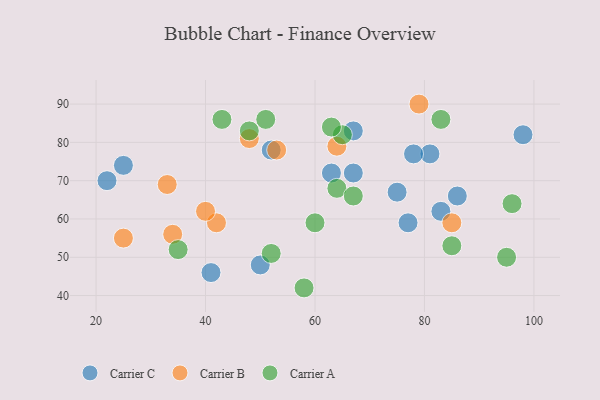
{"axis": {"x": "GDP", "y": "Life Expectancy"}, "legend": ["Carrier A", "Carrier B", "Carrier C"], "data": [{"x": "41", "y": 46, "type": "Carrier C"}, {"x": "50", "y": 48, "type": "Carrier C"}, {"x": "52", "y": 78, "type": "Carrier C"}, {"x": "86", "y": 66, "type": "Carrier C"}, {"x": "67", "y": 83, "type": "Carrier C"}, {"x": "75", "y": 67, "type": "Carrier C"}, {"x": "63", "y": 72, "type": "Carrier C"}, {"x": "22", "y": 70, "type": "Carrier C"}, {"x": "83", "y": 62, "type": "Carrier C"}, {"x": "98", "y": 82, "type": "Carrier C"}, {"x": "77", "y": 59, "type": "Carrier C"}, {"x": "81", "y": 77, "type": "Carrier C"}, {"x": "78", "y": 77, "type": "Carrier C"}, {"x": "67", "y": 72, "type": "Carrier C"}, {"x": "25", "y": 74, "type": "Carrier C"}, {"x": "34", "y": 56, "type": "Carrier B"}, {"x": "42", "y": 59, "type": "Carrier B"}, {"x": "79", "y": 90, "type": "Carrier B"}, {"x": "53", "y": 78, "type": "Carrier B"}, {"x": "40", "y": 62, "type": "Carrier B"}, {"x": "64", "y": 79, "type": "Carrier B"}, {"x": "25", "y": 55, "type": "Carrier B"}, {"x": "48", "y": 81, "type": "Carrier B"}, {"x": "85", "y": 59, "type": "Carrier B"}, {"x": "33", "y": 69, "type": "Carrier B"}, {"x": "65", "y": 82, "type": "Carrier A"}, {"x": "63", "y": 84, "type": "Carrier A"}, {"x": "83", "y": 86, "type": "Carrier A"}, {"x": "85", "y": 53, "type": "Carrier A"}, {"x": "52", "y": 51, "type": "Carrier A"}, {"x": "64", "y": 68, "type": "Carrier A"}, {"x": "67", "y": 66, "type": "Carrier A"}, {"x": "95", "y": 50, "type": "Carrier A"}, {"x": "96", "y": 64, "type": "Carrier A"}, {"x": "51", "y": 86, "type": "Carrier A"}, {"x": "58", "y": 42, "type": "Carrier A"}, {"x": "43", "y": 86, "type": "Carrier A"}, {"x": "35", "y": 52, "type": "Carrier A"}, {"x": "60", "y": 59, "type": "Carrier A"}, {"x": "48", "y": 83, "type": "Carrier A"}]}